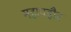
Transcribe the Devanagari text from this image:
महापहौर